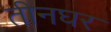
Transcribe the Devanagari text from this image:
तीनघर